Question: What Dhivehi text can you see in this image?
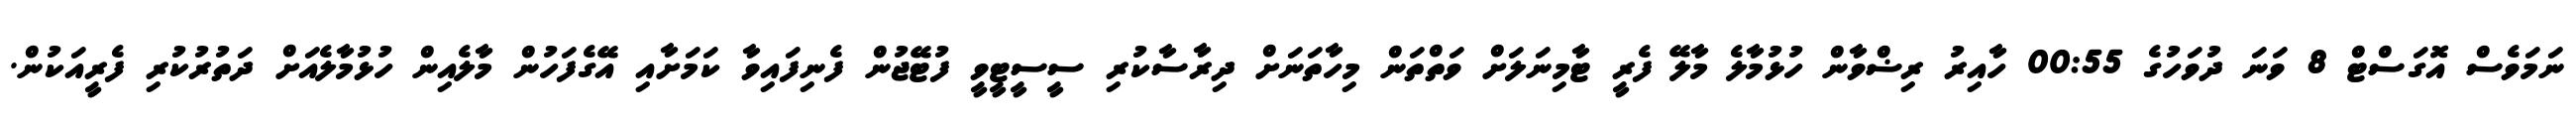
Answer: ނަމަވެސް އޮގަސްޓް 8 ވަނަ ދުވަހުގެ 00:55 ހާއިރު ރިޟްވާން ހުޅުމާލެ މާލޭ ފެރީ ޓާމިނަލަށް ވަތްތަން މިހާތަނަށް ދިރާސާކުރި ސީސީޓީވީ ފުޓޭޖުން ފެނިފައިވާ ކަމަށާއި އޭގެފަހުން މާލެއިން ހުޅުމާލެއަށް ދަތުރުކުރި ފެރީއަކުން.